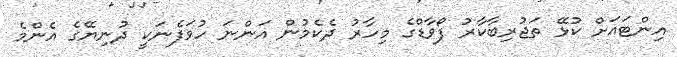
އިންޓައަށް ކުޅޭ ތަޖުރިބާކާރު ފޯވާޑްގެ މިހާރު ދެކެމުން އަންނަ ހުވަފެނަކީ ދުނިޔޭގެ އެންމެ